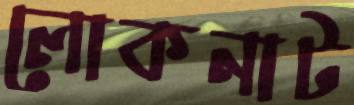
লোকনাট